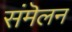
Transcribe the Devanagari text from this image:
संमॆलन